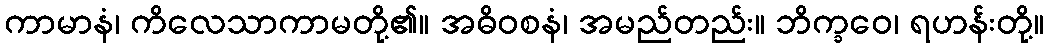
ကာမာနံ၊ ကိလေသာကာမတို့၏။ အဓိဝစနံ၊ အမည်တည်း။ ဘိက္ခဝေ၊ ရဟန်းတို့။